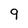
Character: 9